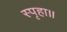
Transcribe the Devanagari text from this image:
स्पृहा॥